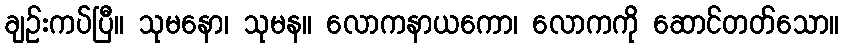
ချဉ်းကပ်ပြီ။ သုမနော၊ သုမန။ လောကနာယကော၊ လောကကို ဆောင်တတ်သော။